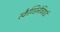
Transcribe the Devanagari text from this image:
स्कैण्डिनेवियाई